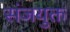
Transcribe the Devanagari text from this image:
संजयुक्त